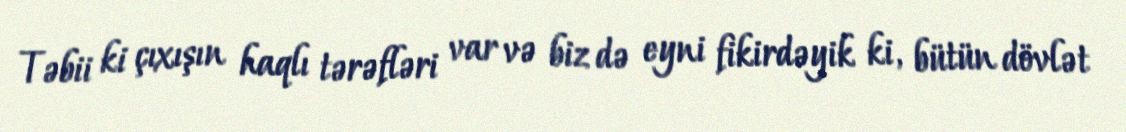
Təbii ki çıxışın haqlı tərəfləri var və biz də eyni fikirdəyik ki, bütün dövlət